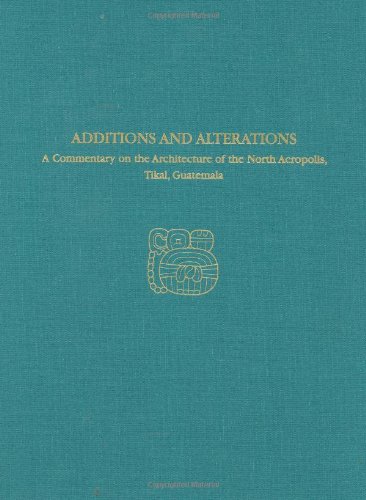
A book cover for Tikal Report 34: A Commentary on the Architecture of the North Acropolis, Tikal, Guatemala--Additions and Alterations (University Museum Monograph); H. Stanley Loten; History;